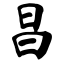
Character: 昌